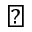
\triangledown